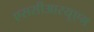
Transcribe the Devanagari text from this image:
एससीआरयूएम